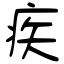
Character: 疾